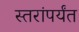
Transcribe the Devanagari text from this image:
स्तरांपर्यंत